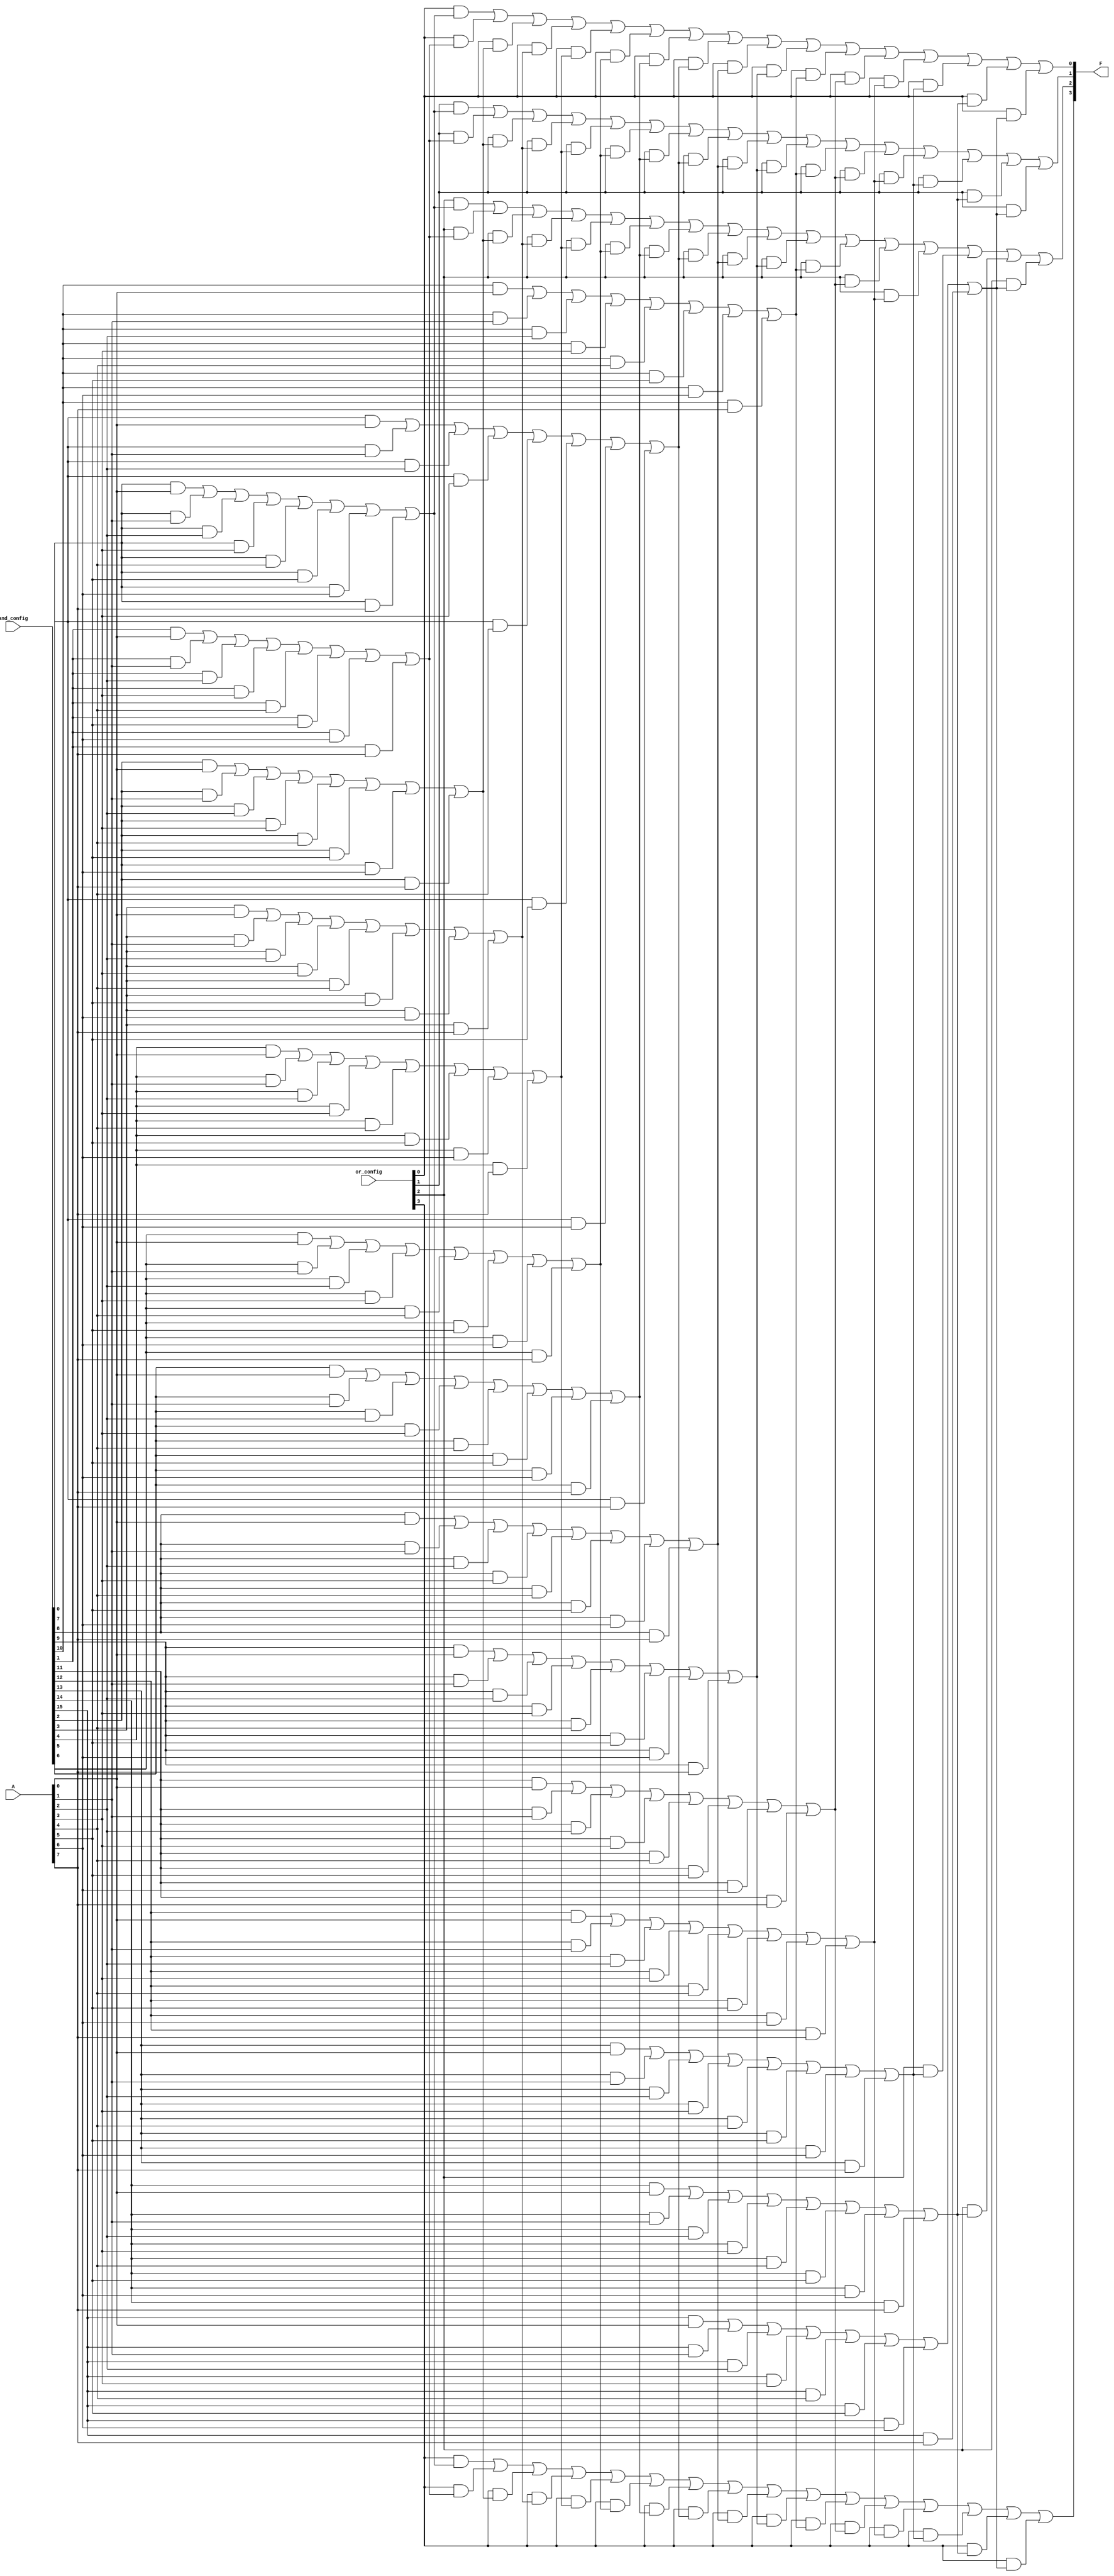
module SPAL #(
    parameter N = 8, // Number of inputs
    parameter M = 4, // Number of outputs
    parameter K = 16 // Number of AND gates
)(
    input wire [N-1:0] A, // Input signals
    input wire [K-1:0] and_config, // Configuration for AND gates
    input wire [M-1:0] or_config, // Configuration for OR gates
    output wire [M-1:0] F // Output signals
);

// Internal wires for AND gate outputs
wire [K-1:0] and_out;

// Programmable AND array
genvar i, j;
generate
    for (i = 0; i < K; i = i + 1) begin : and_gate
        assign and_out[i] = (and_config[i] & A[0]) |
                             (and_config[i] & A[1]) |
                             (and_config[i] & A[2]) |
                             (and_config[i] & A[3]) |
                             (and_config[i] & A[4]) |
                             (and_config[i] & A[5]) |
                             (and_config[i] & A[6]) |
                             (and_config[i] & A[7]);
    end
endgenerate

// Programmable OR array
generate
    for (j = 0; j < M; j = j + 1) begin : or_gate
        assign F[j] = (or_config[j] & and_out[0]) |
                      (or_config[j] & and_out[1]) |
                      (or_config[j] & and_out[2]) |
                      (or_config[j] & and_out[3]) |
                      (or_config[j] & and_out[4]) |
                      (or_config[j] & and_out[5]) |
                      (or_config[j] & and_out[6]) |
                      (or_config[j] & and_out[7]) |
                      (or_config[j] & and_out[8]) |
                      (or_config[j] & and_out[9]) |
                      (or_config[j] & and_out[10]) |
                      (or_config[j] & and_out[11]) |
                      (or_config[j] & and_out[12]) |
                      (or_config[j] & and_out[13]) |
                      (or_config[j] & and_out[14]) |
                      (or_config[j] & and_out[15]);
    end
endgenerate

endmodule